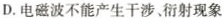
D.电磁波不能产生干涉、衍射现象